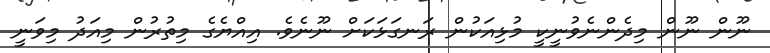
ނޫން ނޫން މިދެންނެވުނީކީ މުޅިއަކުން ރަނގަޅަކަށް ނޫނެވެ. އިއްޔެގެ މިތުރުން މިއަދު މިވަނީ